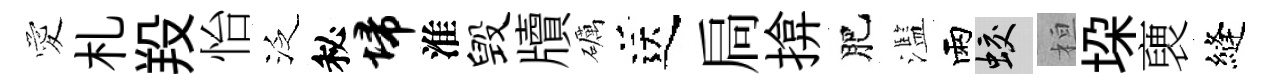
愛札羖怡泛秘埽淮毁牘礪送扃揜肥濫雨蛟桓垜褏縫